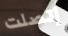
إتصلت